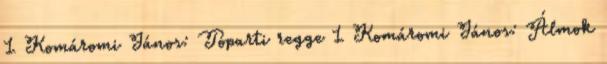
1 Komáromi János: Tóparti regge 1 Komáromi János: Álmok